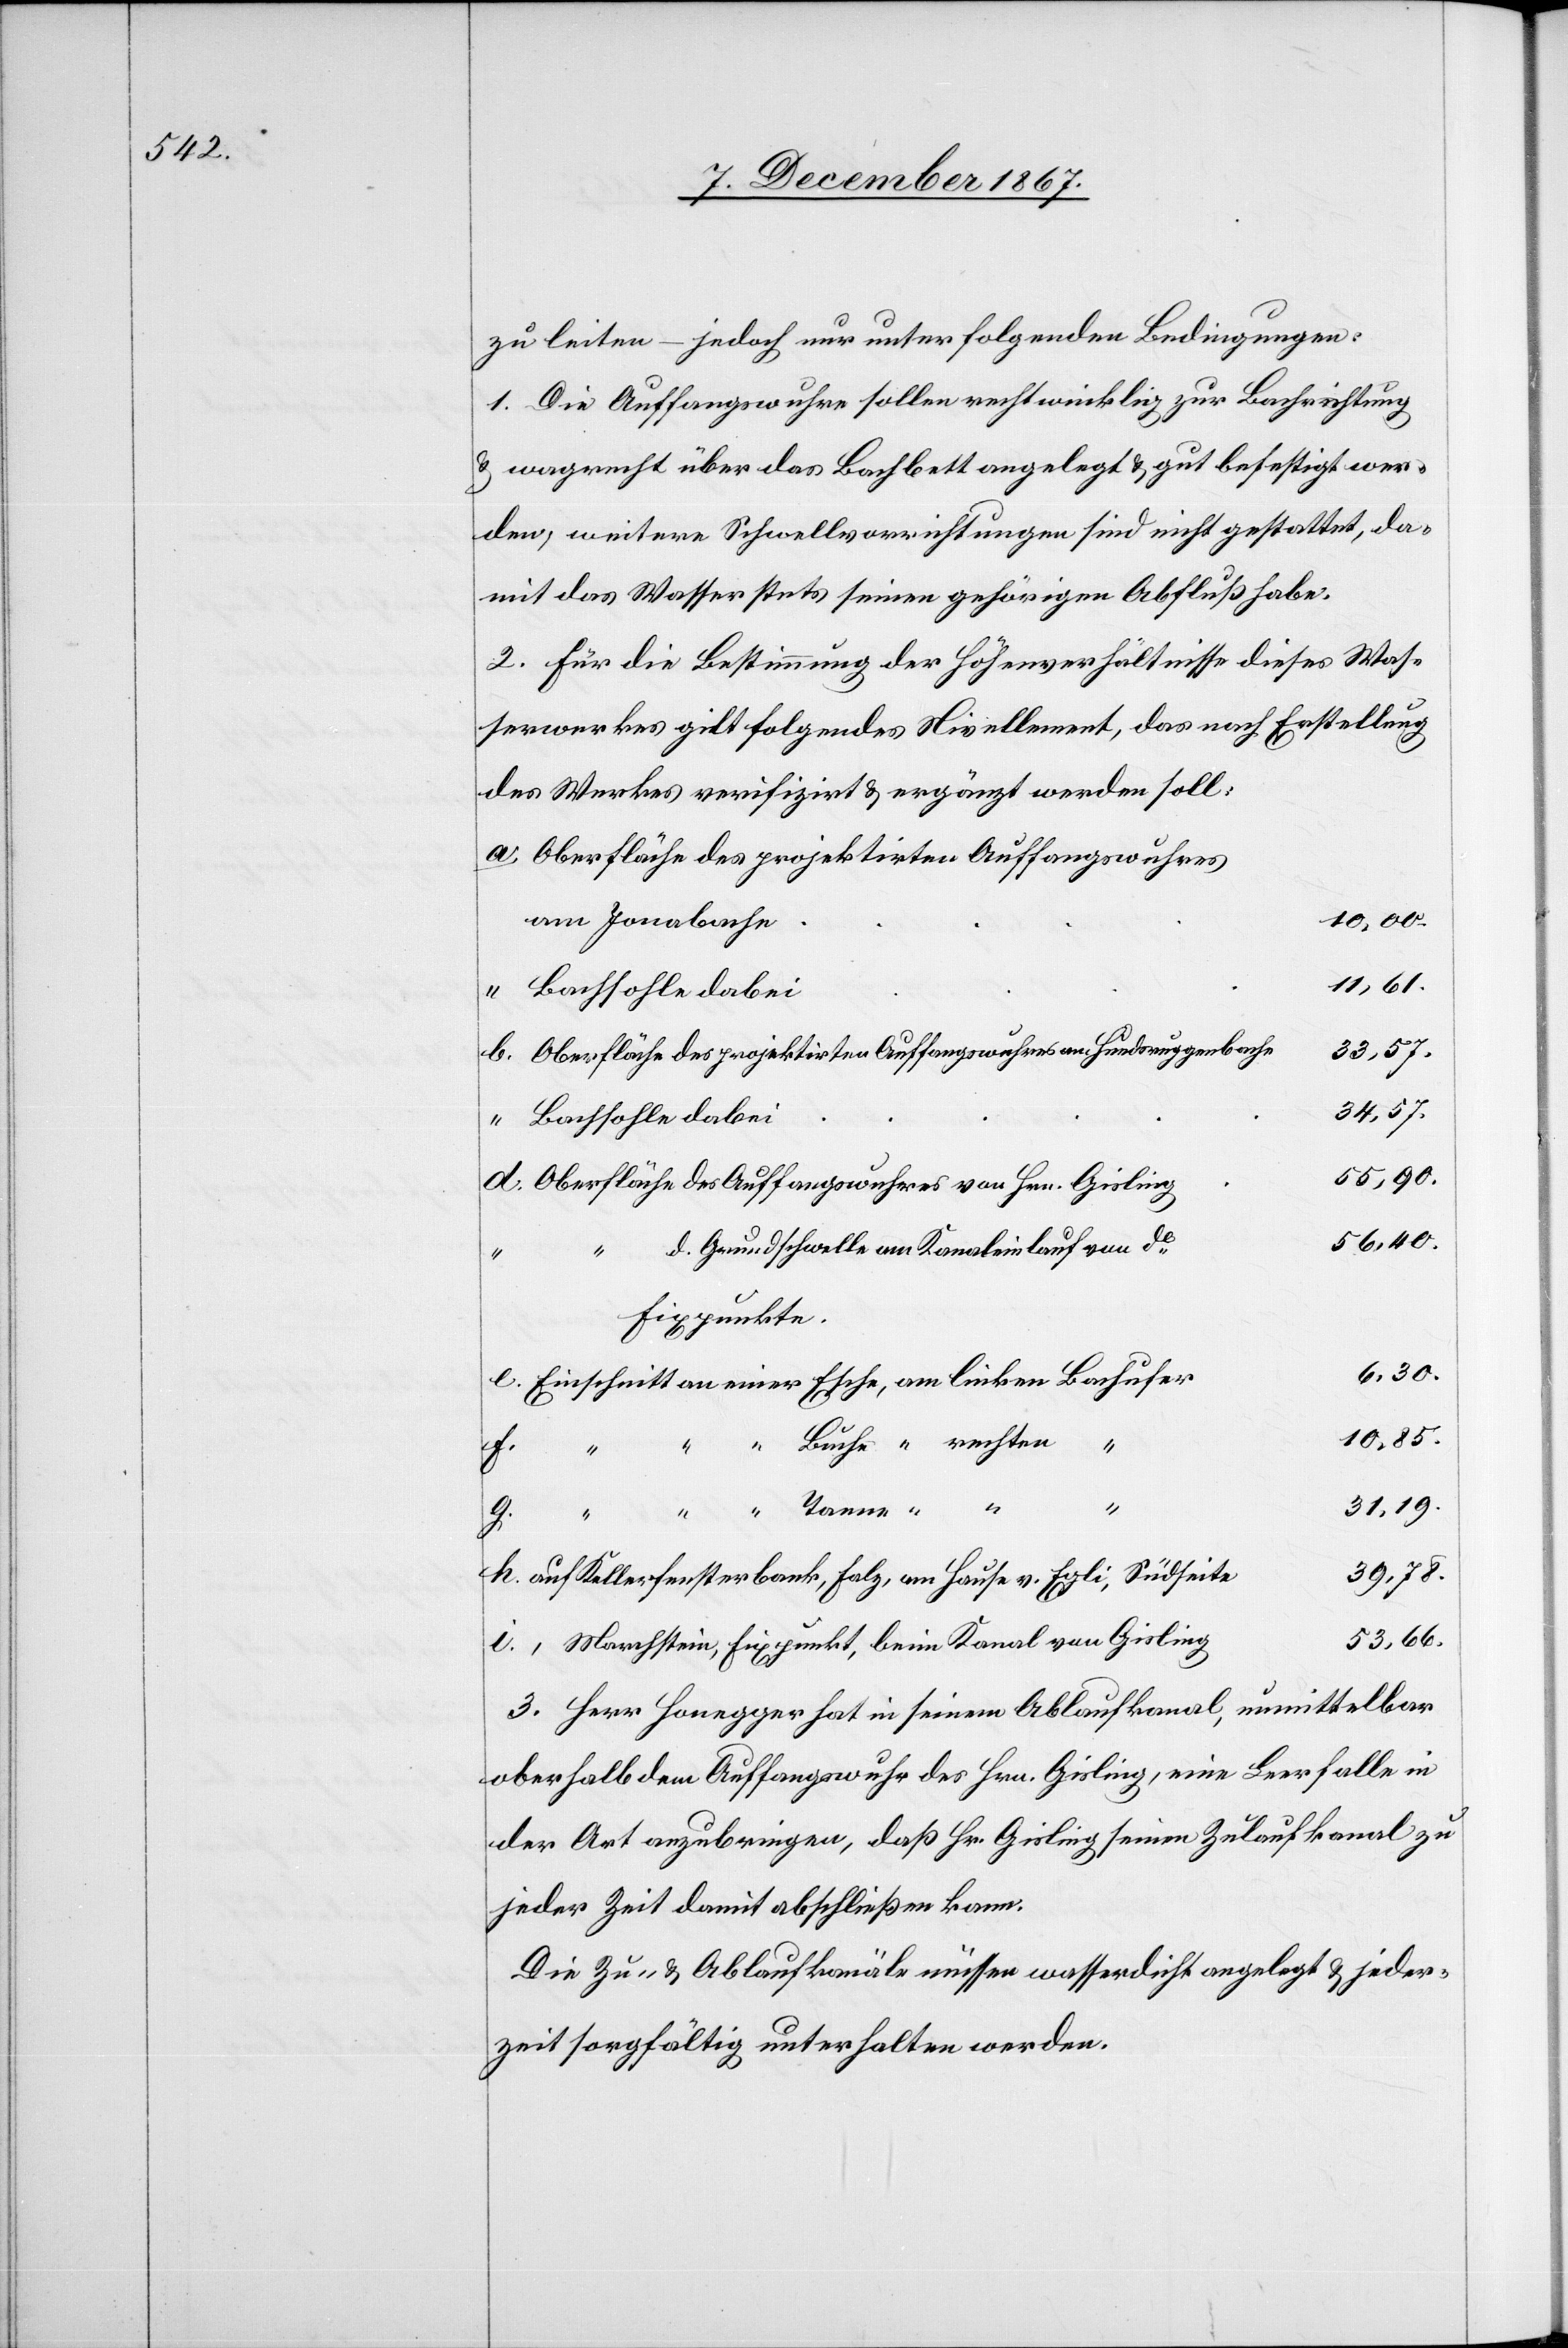
31,31

zu leiten – jedoch nur unter folgenden Bedingungen:
1. Die Auffangswuhre sollen rechtwinklig zur Bachrichtung
u. wagrecht über das Bachbett angelegt u. gut befestigt wer¬
den, weitere Schwellvorrichtungen sind nicht gestattet, da¬
mit das Wasser stets seinen gehörigen Abfluß habe.
2. Für die Bestimmung der Höhenverhältnisse dieses Was¬
serwerkes gilt folgendes Nivellement, das nach Erstellung
des Werkes verifizirt u. ergänzt werden soll:
Oberfläche des projektirten Auffangswuhres
am Jonabache
Bachsohle dabei
33,57.
Oberfläche des projektirten Auffangswuhres am Hundsruggenbache
34,57
55,90
Oberfläche des Auffangswuhres von Hrn. Gisling
56,40
d. Grundschwelle am Kanaleinlauf von de.
i.
Fixpunkte
6,30.
Einschnitt an einer Esche, am linken Bachufer
10,85
Buche, “ rechten “
g.
“ “
Tanne,
39,78.
auf Kellerfensterbank, Falz, am Hause v. Egli, Südseite
53,66.
“ Marchstein, Fixpunkt, beim Kanal von Gisling
3. Herr Honegger hat in seinem Ablaufkanal, unmittelbar
oberhalb dem Auffangswuhr des Hrn. Gisling, eine Leerfalle in
der Art anzubringen, daß Hr. Gisling seinen Zulaufkanal zu
jeder Zeit damit abschließen kann.
Die Zu- u. Ablaufkanäle müssen wasserdicht angelegt u. jeder¬
zeit sorgfältig unterhalten werden.